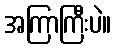
အကြာကြီးပဲ။